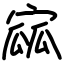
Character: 寙